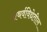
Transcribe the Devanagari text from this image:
अथर्वविद्येतील